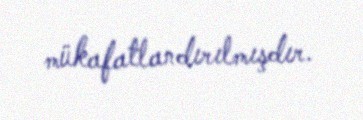
mükafatlandırılmışdır.